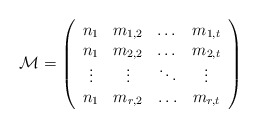
\begin{align*} \mathcal M = \left(\begin{array}{cccc} n_1 & m_{1,2} & \dots & m_{1,t}\\ n_1 & m_{2,2} & \dots & m_{2,t} \\ \vdots & \vdots & \ddots & \vdots \\ n_1 & m_{r,2} & \hdots & m_{r,t}\end{array}\right)\end{align*}